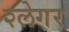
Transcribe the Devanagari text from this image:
श्लेगर